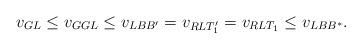
LaTeX: \begin{align*}v_{GL} \leq v_{GGL} \leq v_{LBB'} =v_{RLT_1'} = v_{RLT_1} \leq v_{LBB^{*}}.\end{align*}